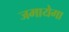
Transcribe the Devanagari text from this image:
जमायेगा